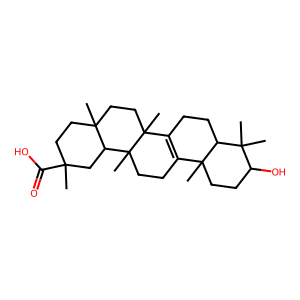
SMILES: CC1(C(=O)O)CCC2(C)CCC3(C)C4=C(CCC3(C)C2C1)C1(C)CCC(O)C(C)(C)C1CC4
Inhibits HIV replication: No